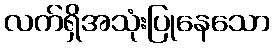
လက်ရှိအသုံးပြုနေသော